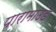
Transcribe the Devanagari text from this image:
पारामाउंड